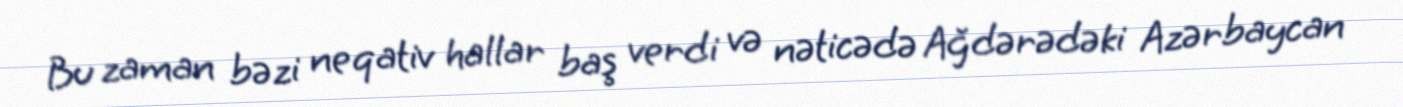
Bu zaman bəzi neqativ hallar baş verdi və nəticədə Ağdərədəki Azərbaycan